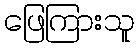
ဖြေကြားသူ